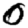
Digit: 0